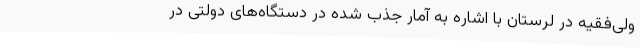
ولی‌فقیه در لرستان با اشاره به آمار جذب شده در دستگاه‌های دولتی در